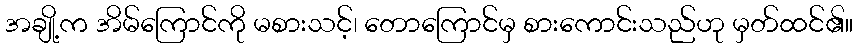
အချို့က အိမ်ကြောင်ကို မစားသင့်၊ တောကြောင်မှ စားကောင်းသည်ဟု မှတ်ထင်၏။